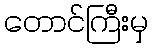
တောင်ကြီးမှ